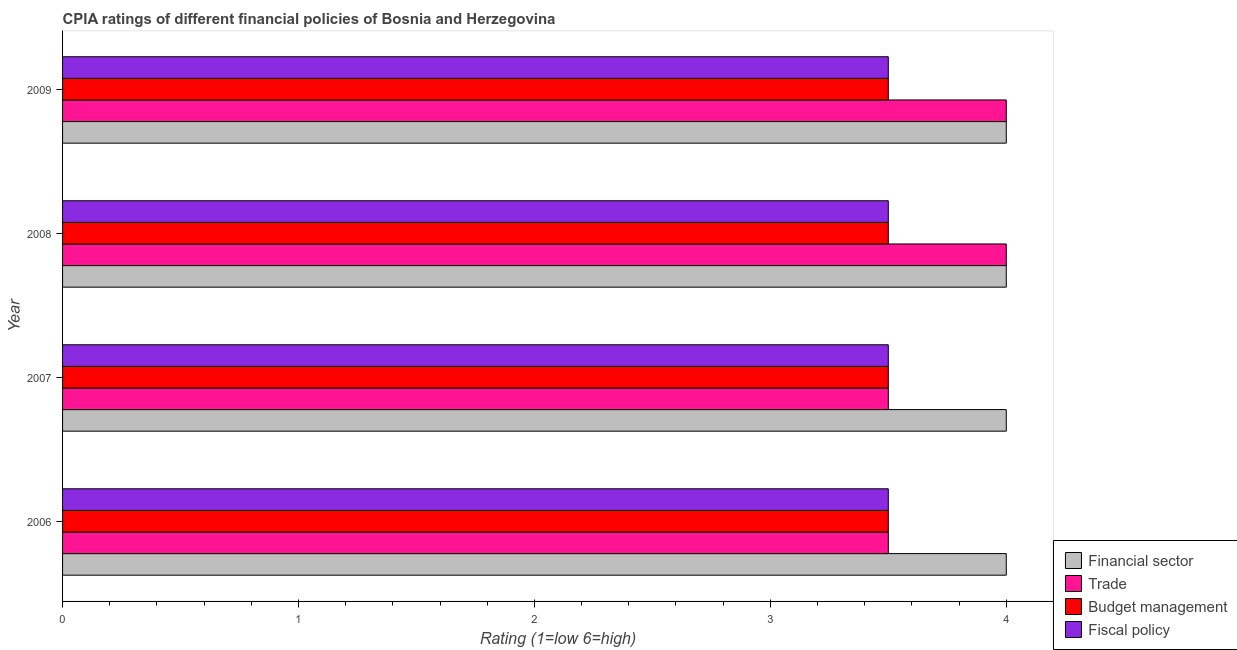
| Year | Financial sector | Trade | Budget management | Fiscal policy |
 | --- | --- | --- | --- | --- |
 | 2006 | 4 | 3.5 | 3.5 | 3.5 |
 | 2007 | 4 | 3.5 | 3.5 | 3.5 |
 | 2008 | 4 | 4 | 3.5 | 3.5 |
 | 2009 | 4 | 4 | 3.5 | 3.5 |